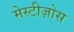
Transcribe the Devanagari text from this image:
मेस्टीज़ोस